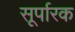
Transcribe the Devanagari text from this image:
सूर्पारक